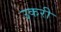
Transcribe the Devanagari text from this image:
उकरी